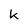
Character: k